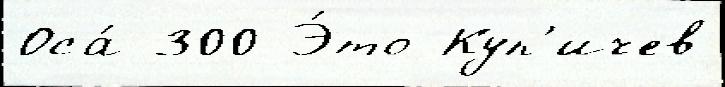
Оса́ 300 Э́то Куп'ичев